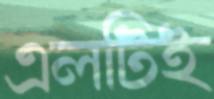
এলটিই